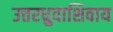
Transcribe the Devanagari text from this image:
उत्तरध्रुवाशिवाय